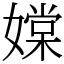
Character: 𡡢